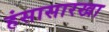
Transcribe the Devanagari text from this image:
हंसासारखा